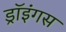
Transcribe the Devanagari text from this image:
ड्रॉइंगस